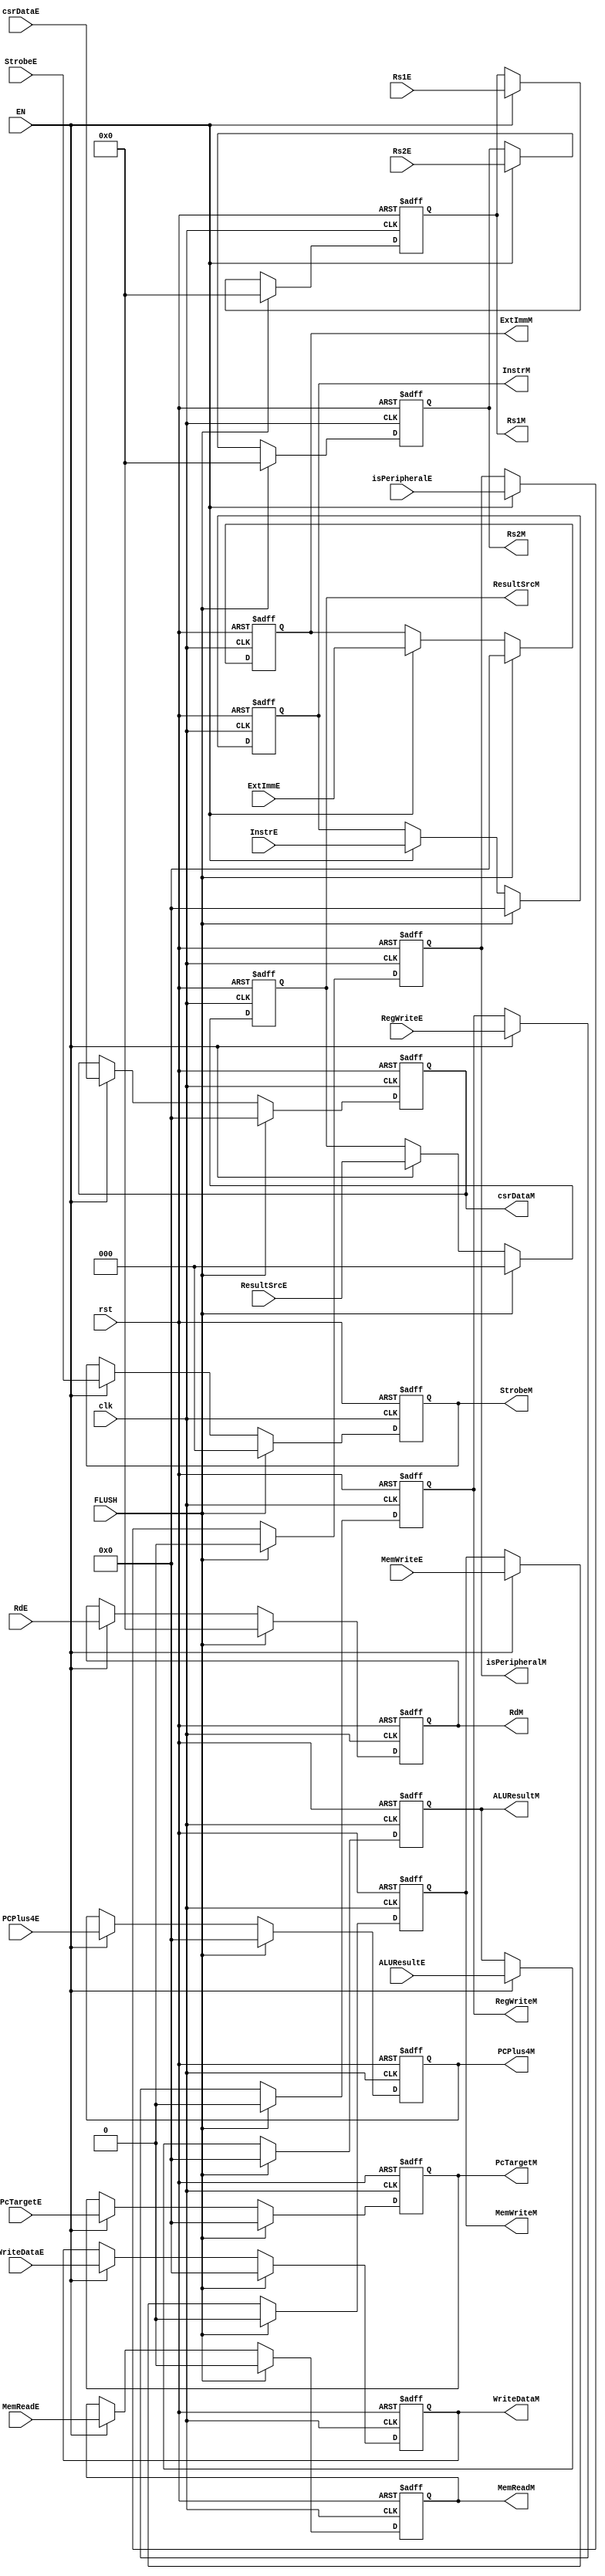
module EX_MEM_Reg (
    //Control Unit - Execute
    input       wire                    RegWriteE,
    input       wire        [2:0]       ResultSrcE,
    input       wire                    MemWriteE,
    input       wire                    MemReadE,
    input       wire        [2:0]       StrobeE,
    input       wire                    isPeripheralE,
    input       wire        [4:0]       Rs1E,
    input       wire        [4:0]       Rs2E,

    input       wire        [31:0]      ALUResultE,
    input       wire        [31:0]      WriteDataE,
    input       wire        [4:0]       RdE,
    input       wire        [31:0]      ExtImmE,
    input       wire        [31:0]      PcTargetE,
    input       wire        [31:0]      PCPlus4E,
    input       wire        [31:0]      csrDataE,
    input       wire        [31:0]      InstrE,

    input       wire                    clk,
    input       wire                    rst,
    input       wire                    FLUSH,
    input       wire                    EN, 

    //Control Unit - Memory
    output      reg                     RegWriteM,
    output      reg         [2:0]       ResultSrcM,
    output      reg                     MemWriteM,
    output      reg                     MemReadM,
    output      reg         [2:0]       StrobeM,
    output      reg                     isPeripheralM,
    output      reg         [4:0]       Rs1M,
    output      reg         [4:0]       Rs2M,
 
    output      reg         [31:0]      InstrM,
    output      reg         [31:0]      ALUResultM,
    output      reg         [31:0]      WriteDataM,
    output      reg         [4:0]       RdM,
    output      reg         [31:0]      ExtImmM,
    output      reg         [31:0]      PcTargetM,
    output      reg         [31:0]      PCPlus4M,
    output      reg         [31:0]      csrDataM
);
    

always @ (posedge clk or negedge rst)
    begin
        if (!rst)
            begin
                RegWriteM   <=   0;
                ResultSrcM  <=   0;
                MemWriteM   <=   0;
                MemReadM    <=   0;
                StrobeM     <=   0;
                isPeripheralM <= 0;
                Rs1M        <=   0;
                Rs2M        <=   0;

                ALUResultM  <=   0;
                WriteDataM  <=   0;
                RdM         <=   0;
                ExtImmM     <=   0;
                PcTargetM   <=   0;
                PCPlus4M    <=   0;
                csrDataM    <=   0;
                InstrM <= 0;
            end
        else if (FLUSH) begin
                RegWriteM   <=   0;
                ResultSrcM  <=   0;
                MemWriteM   <=   0;
                MemReadM    <=   0;
                StrobeM     <=   0;
                isPeripheralM <= 0;
                Rs1M        <=   0;
                Rs2M        <=   0;

                ALUResultM  <=   0;
                WriteDataM  <=   0;
                RdM         <=   0;
                ExtImmM     <=   0;
                PcTargetM   <=   0;
                PCPlus4M    <=   0;
                csrDataM    <=   0;
                InstrM <= 0;
        end
        else
            begin
                if (EN)
                    begin
                        RegWriteM   <=   RegWriteE;
                        ResultSrcM  <=   ResultSrcE;
                        MemWriteM   <=   MemWriteE;
                        MemReadM    <=   MemReadE;
                        StrobeM     <=   StrobeE;
                        isPeripheralM <= isPeripheralE;
                        Rs1M        <=   Rs1E;
                        Rs2M        <=   Rs2E;

                        ALUResultM  <=   ALUResultE;
                        WriteDataM  <=   WriteDataE;
                        RdM         <=   RdE;
                        ExtImmM     <=   ExtImmE;
                        PcTargetM   <=   PcTargetE;
                        PCPlus4M    <=   PCPlus4E;
                        csrDataM    <=   csrDataE;
                        InstrM <= InstrE;
                    end
            end
    end


endmodule